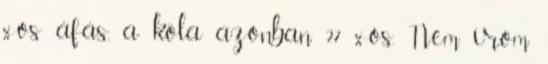
%-os áfás, a kóla azonban 27 %-os. Nem írom